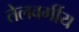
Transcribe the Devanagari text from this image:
तेलवर्गीय